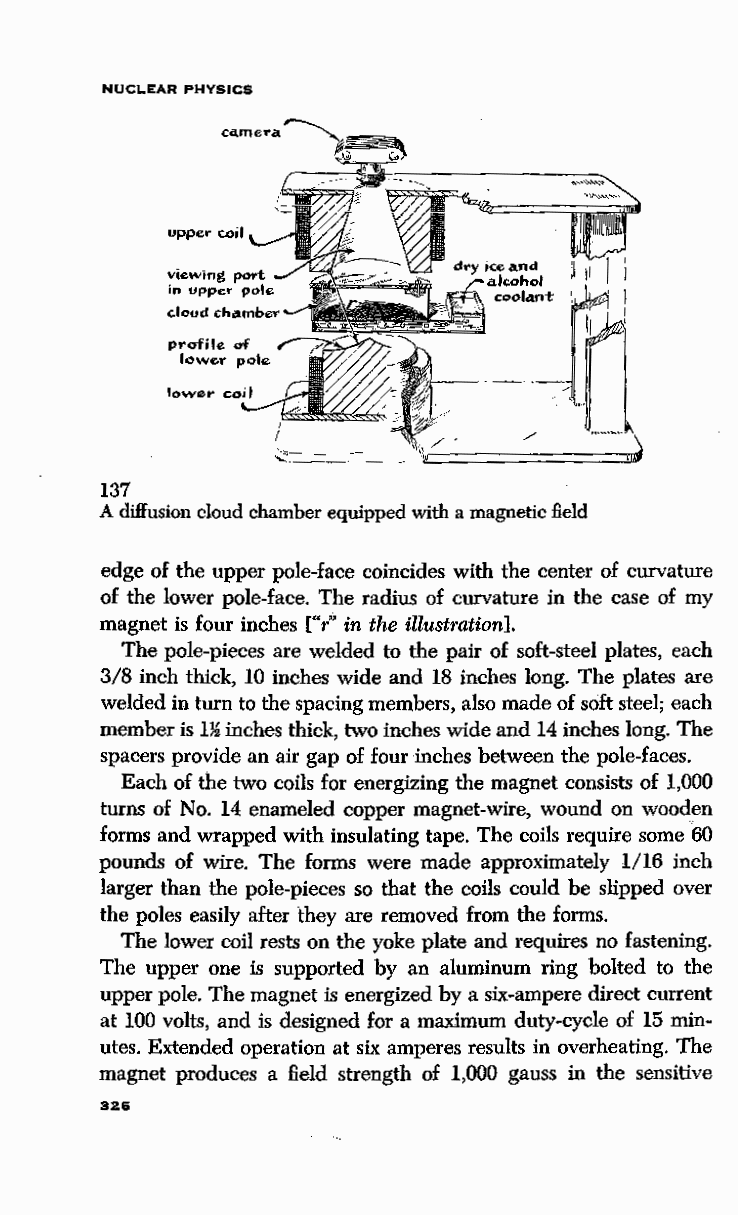
NUCLEAR PHYSICS
 137
 A diffusion cloud chamber equipped with a magnetic field
 edge of the upper pole-face coincides with the center of curvature
 of the lower pole-face. The radius of curvature in the case of my
 magnet is four inches ["r" in the illustration].
 The pole-pieces are welded to the pair of soft-steel plates, each
 3/8 inch thick, 10 inches wide and 18 inches long. The plates are
 welded in turn to the spacing members, also made of soft steel; each
 member is 1~ inches thick, two inches wide and 14 inches long. The
 spacers provide an air gap of four inches between the pole-faces.
 Each of the two coils for energizing the magnet consists of 1,000
 turns of No. 14 enameled copper magnet-wire, wound on wooden
 forms and wrapped with insulating tape. The coils require some ,60
 pounds of wire. The forms were made approximately l/16 inch
 larger than the pole-pieces so that the coils could be slipped over
 the poles easily after they are removed from the forms.
 The lower coil rests on the yoke plate and requires no fastening.
 The upper one is supported by an aluminum ring bolted to the
 upper pole. The magnet is energized by a six-ampere direct current
 at 100 volts, and is designed for a maximum duty-cycle of 15 min
 utes. Extended operation at six amperes results in overheating. The
 magnet produces a field strength of 1,000 gauss in the sensitive
 326